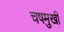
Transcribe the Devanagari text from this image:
चषमुखी